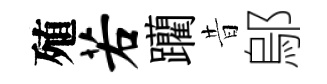
殖若躪昔鄔